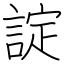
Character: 諚